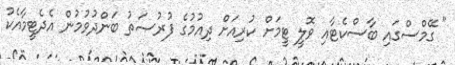
" ގޭމްސްގައި ބާސްކެޓާއި ވޮލީ ޓީމަށް ކުރިއަށް ދިއުމުގެ ފުރުޞަތު ބަންދުވުމުން އެދެޓީމާއެކު